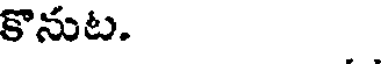
కొనుట.